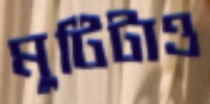
মুটিটাও